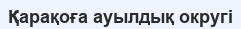
Қарақоға ауылдық округі